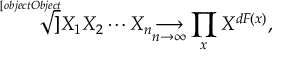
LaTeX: { \sqrt [ [object Object] ] { X _ { 1 } X _ { 2 } \cdots X _ { n } } } { \underset { n \to \infty } { \longrightarrow } } \prod _ { x } X ^ { d F ( x ) } ,